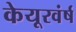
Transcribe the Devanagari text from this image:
केयूरवंर्ष